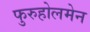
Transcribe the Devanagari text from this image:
फुरुहोलमेन